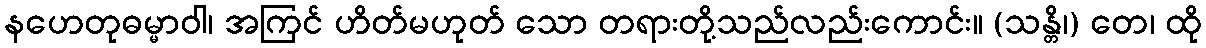
နဟေတုဓမ္မာဝါ၊ အကြင် ဟိတ်မဟုတ် သော တရားတို့သည်လည်းကောင်း။ (သန္တိ၊) တေ၊ ထို